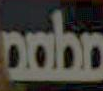
مطمه